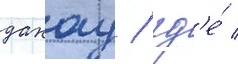
дахау / гд'е́ /